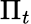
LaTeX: \Pi_{t}